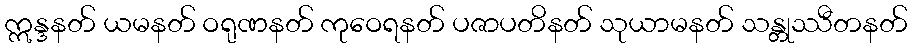
ဣန္ဒနတ် ယမနတ် ဝရုဏနတ် ကုဝေရနတ် ပဇာပတိနတ် သုယာမနတ် သန္တုဿီတနတ်